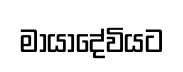
මායාදේවියට